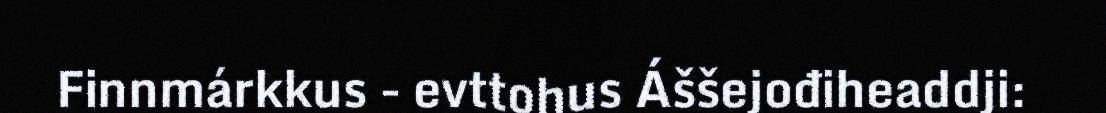
Finnmárkkus - evttohus Áššejođiheaddji: